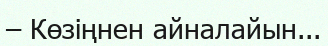
– Көзіңнен айналайын...